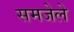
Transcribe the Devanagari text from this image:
समजेले